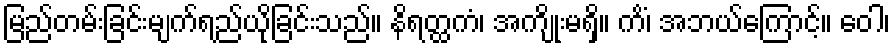
မြည်တမ်းခြင်းမျက်ရည်ယိုခြင်းသည်။ နိရတ္ထကံ၊ အကျိုးမရှိ။ ကိံ၊ အဘယ်ကြောင့်။ ဝေါ၊